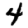
Digit: 4